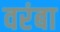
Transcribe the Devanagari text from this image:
वरंबा